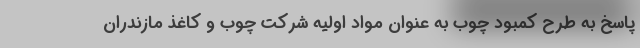
پاسخ به طرح کمبود چوب به عنوان مواد اولیه شرکت چوب و کاغذ مازندران